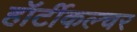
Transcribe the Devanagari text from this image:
हॉर्टीकल्चर